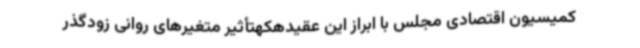
کمیسیون اقتصادی مجلس با ابراز این عقیدهکهتأثیر متغیرهای روانی زودگذر